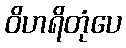
ဝိဟရိတုံပေ